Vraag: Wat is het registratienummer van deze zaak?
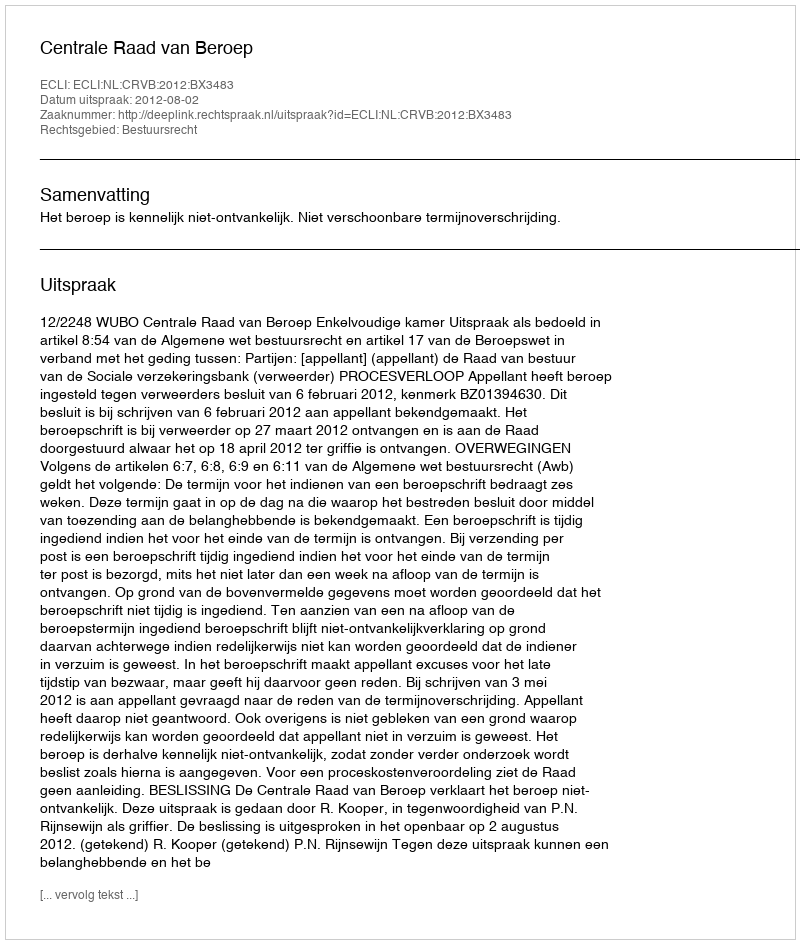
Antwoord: http://deeplink.rechtspraak.nl/uitspraak?id=ECLI:NL:CRVB:2012:BX3483